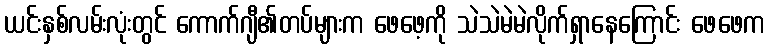
ယင်းနှစ်လမ်းလုံးတွင် ကောက်ဂျီ၏တပ်များက ဖေဖေ့ကို သဲသဲမဲမဲလိုက်ရှာနေကြောင်း ဖေဖေက